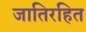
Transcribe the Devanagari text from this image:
जातिरहित